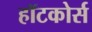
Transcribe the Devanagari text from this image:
हॉटकोर्स